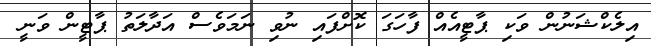
އިލެކްޝަނުން ވަކި ޕާޓީއެއް ފާހަގަ ކޮށްފައި ނުވި ނަމަވެސް އަދާލަތު ޕާޓީން ވަނީ